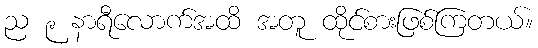
ည ၉ နာရီလောက်အထိ အတူ ထိုင်စားဖြစ်ကြတယ်။